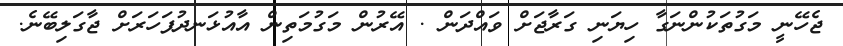
ޖެހޭނީ މަގުތަކުންނަގާ ހިޔަނި ގަރާޖަށް ވައްދަން . އޭރުން މަގުމަތިން އާއުޅަނދުފަހަރަށް ޖާގަލިބޭނެ.